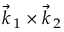
\vec { k } _ { \, 1 } \times \vec { k } _ { \, 2 }